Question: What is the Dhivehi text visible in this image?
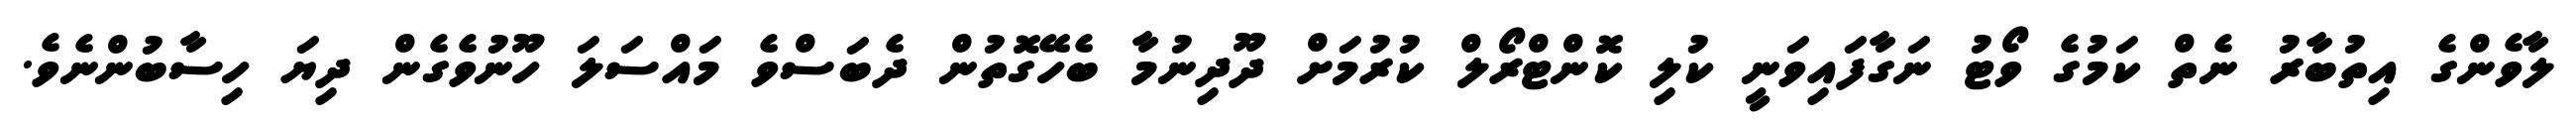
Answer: ލާވެންގެ އިތުބާރު ނެތް ކަމުގެ ވޯޓު ނަގާފައިވަނީ ކުލި ކޮންޓްރޯލް ކުރުމަށް ދޫދިނުމާ ބެހޭގޮތުން ދެބަސްވެ މައްސަލަ ހޫނުވެގެން ދިޔަ ހިސާބުންނެވެ.